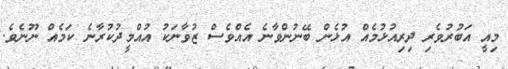
މިއީ އަބުރުވެރި ދިރިއުޅުމެއް އުޅެން ބޭނުންވާނެ އެއްވެސް ޒުވާނަކު އުއްމީދުކުރާނެ ކަމެއް ނޫނެވެ.